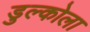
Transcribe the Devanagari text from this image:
डुल्कोला